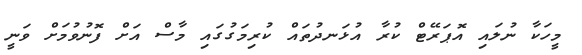
މީހަކާ ނުލައި އޮޕަރޭޓް ކުރާ އުޅަނދުތައް ކުރިމަގުގައި މާސް އަށް ފޮނުވުމަށް ވަނީ